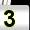
Digit: 3